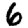
Digit: 6